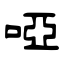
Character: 啞